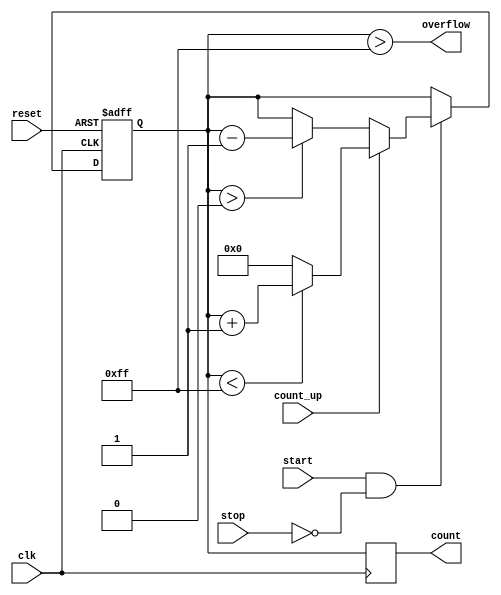
module windowed_counter #(
    parameter COUNT_WIDTH = 8,        // Bit width for the count value
    parameter MAX_COUNT = 255          // Maximum count value for the counter
)(
    input wire clk,                    // Clock signal
    input wire reset,                  // Reset signal
    input wire start,                  // Start counting signal
    input wire stop,                   // Stop counting signal
    input wire count_up,               // Count up/down control
    output reg [COUNT_WIDTH-1:0] count, // Current count value
    output wire overflow               // Overflow condition
);

    // Memory block (register) to hold the count value
    reg [COUNT_WIDTH-1:0] count_memory;

    // Overflow detection
    assign overflow = (count_memory > MAX_COUNT);

    // Synchronous process
    always @(posedge clk or posedge reset) begin
        if (reset) begin
            count_memory <= 0;           // Reset the count memory to zero
        end else if (start && !stop) begin
            if (count_up) begin
                // Count up
                if (count_memory < MAX_COUNT)
                    count_memory <= count_memory + 1; // Increment count
                else
                    count_memory <= 0; // Reset count on overflow
            end else begin
                // Count down
                if (count_memory > 0)
                    count_memory <= count_memory - 1; // Decrement count
            end
        end
    end

    // Output the current count value
    always @(posedge clk) begin
        count <= count_memory;
    end

endmodule